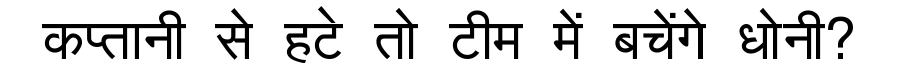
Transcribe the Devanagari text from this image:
कप्तानी से हटे तो टीम में बचेंगे धोनी?